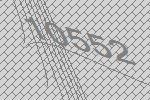
10552